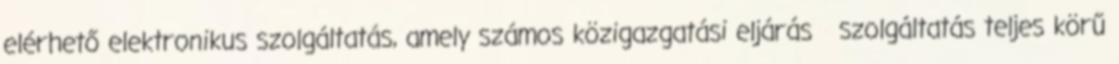
elérhető elektronikus szolgáltatás, amely számos közigazgatási eljárás szolgáltatás teljes körű